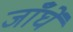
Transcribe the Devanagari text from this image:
जाँघें